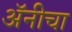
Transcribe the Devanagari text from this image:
अॅनीचा